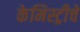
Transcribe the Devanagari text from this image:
केमिस्ट्रीचे